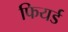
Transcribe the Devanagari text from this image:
फियर्ड